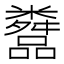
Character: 𬖿